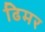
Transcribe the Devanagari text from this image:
ढिमर